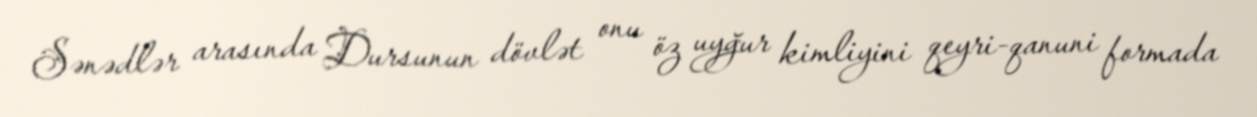
Sənədlər arasında Dursunun dövlət onu öz uyğur kimliyini qeyri-qanuni formada